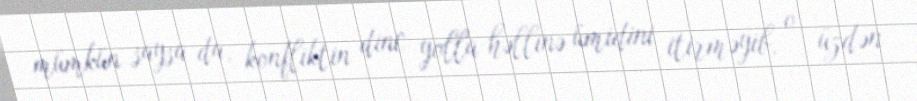
mümkün saysa da, konfliktin dinc yolla həllinə ümidini itirməyib, o üzdən